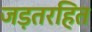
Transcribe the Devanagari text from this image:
जड़तरहित